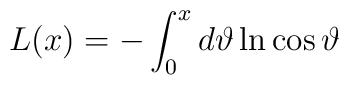
L ( x ) = - \int_0^{x} d \vartheta \ln \cos \vartheta